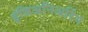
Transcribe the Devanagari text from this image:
इंजिअनिअरिंग